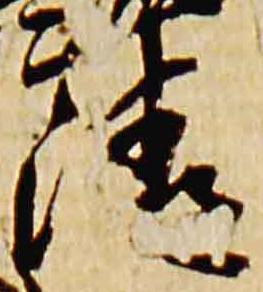
清